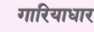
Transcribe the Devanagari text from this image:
गारियाधार